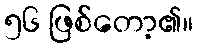
၅၆ ဖြစ်တော့၏။